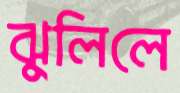
ঝুলিলে